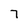
Character: 7